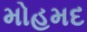
મોહમદ